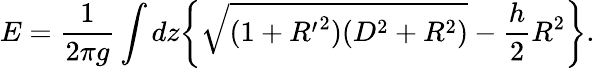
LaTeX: E=\frac{1}{2\pi g}\int dz\bigg\{ \sqrt{(1+{R^{\prime}}^{2})(D^{2}+R^{2})}-\frac{h}{2}R^{2}\bigg\} .